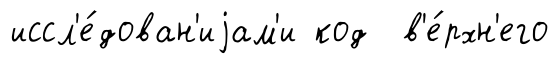
иссл'е́дован'иjам'и код в'е́рхн'его